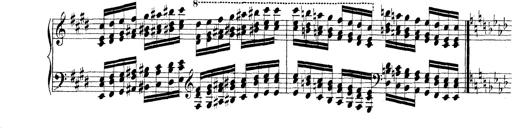
Title: Technische Studien
Composer: Franz Liszt